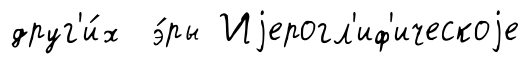
друг'и́х э́ры Иjерогл'иф'ическоjе